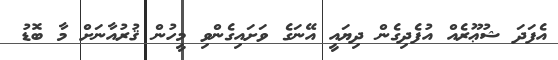
އެފަދަ ޝުޢޫރެއް އުފެދިގެން ދިޔައީ އޭނަގެ ވަށައިގެންވި މީހުން ޤުރުއާނަށް މާ ބޮޑު